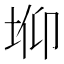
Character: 𰉫